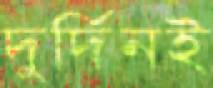
দুর্দিনই